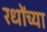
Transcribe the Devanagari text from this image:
रधोंच्या